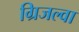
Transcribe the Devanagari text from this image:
ग्रिजल्वा